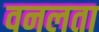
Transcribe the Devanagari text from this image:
वनलता